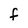
Character: F